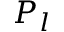
P _ { l }